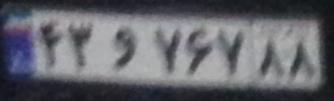
۴۲و۷۶۷۸۸